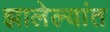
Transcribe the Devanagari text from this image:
झालेल्यांत